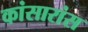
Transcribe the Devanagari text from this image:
कांसारांस